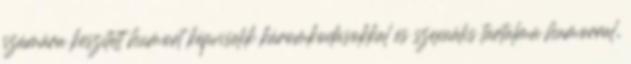
számára készített humort képviselik káromkodásokkal és szexuális tartalmú humorral,